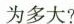
为多大?